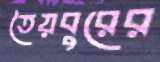
তৈয়বুরের